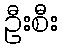
ဦးစီး